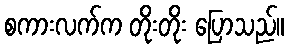
စကားလက်က တိုးတိုး ပြောသည်။